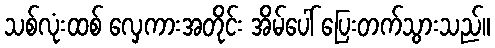
သစ်လုံးထစ် လှေကားအတိုင်း အိမ်ပေါ် ပြေးတက်သွားသည်။